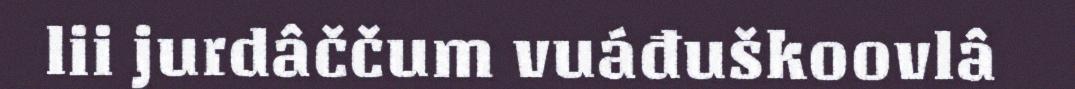
lii jurdâččum vuáđuškoovlâ